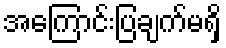
အကြောင်းပြချက်မရှိ